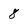
Character: 8